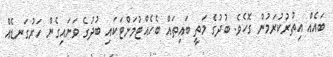
ބައެއް އިތުރުކުރަމުން ގޮހެވެ. ބުދުގެ މަތީ ބައިތައް ބެހެއްޓުމަށްޓަކައި ބުދުގެ ވަށައިގެން ހަރުގަނޑެއް